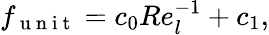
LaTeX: f_{\mathrm{~u~n~i~t~}}=c_{0}Re_{l}^{-1}+c_{1},